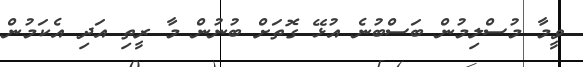
ވީމާ މުސްލިމުން ބަސްބުނެ އުޅޭ ގޮތަށް ބުނުން މާ ރީތި އަދި އެކަމުން